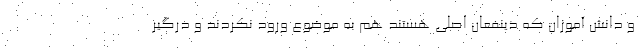
و دانش آموزان که ذینفعان اصلی هستند هم به موضوع ورود نکردند و درگیر